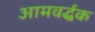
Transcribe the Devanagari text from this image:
आमवर्द्धक